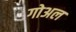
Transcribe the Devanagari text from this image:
गोअल